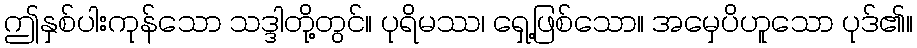
ဤနှစ်ပါးကုန်သော သဒ္ဒါတို့တွင်။ ပုရိမဿ၊ ရှေ့ဖြစ်သော။ အမှေပိဟူသော ပုဒ်၏။